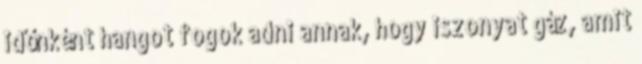
időnként hangot fogok adni annak, hogy iszonyat gáz, amit